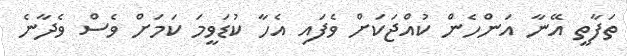
ތަފާތީ އޭނާ އަންހެން ކުއްޖަކަށް ވެފައި އެހާ ކުޑަވީމަ ކަމަށް ވެސް ވެދާނެ